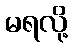
မရလို့